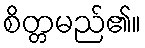
စိတ္တမည်၏။